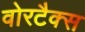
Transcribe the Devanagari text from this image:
वोरटैक्स